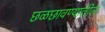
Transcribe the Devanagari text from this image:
छळछावण्यातील